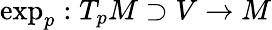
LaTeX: \exp_{p}:T_{p}M\supset V\rightarrow M